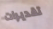
تقديرات